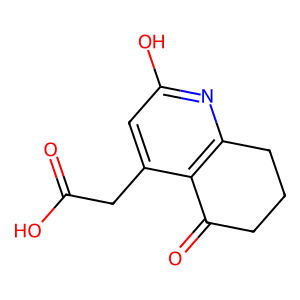
SMILES: O=C(O)Cc1cc(O)nc2c1C(=O)CCC2
Inhibits HIV replication: No